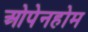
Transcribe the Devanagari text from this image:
ओपेनहोम